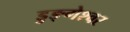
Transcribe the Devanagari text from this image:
डुङ्गेश्वर